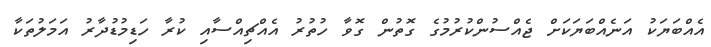
އެއްބަޔަކު އަނެއްބަޔަކަށް ޖެއްސުންކުރުމުގެ ގޮތުން ގޮވާ ހުތުރު އެއްޗިއްސާއި ކުރާ ހަޑިމުޑުދާރު އަމަލުތަކާ